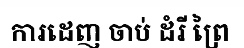
ការដេញ ចាប់ ដំរី ព្រៃ